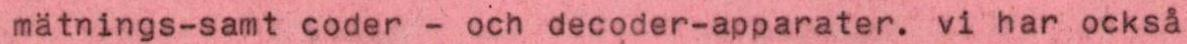
mätnings-samt coder - och decoder-apparater. vi har också